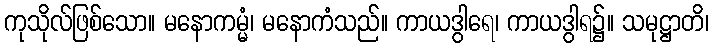
ကုသိုလ်ဖြစ်သော။ မနောကမ္မံ၊ မနောကံသည်။ ကာယဒွါရေ၊ ကာယဒွါရ၌။ သမုဋ္ဌာတိ၊